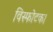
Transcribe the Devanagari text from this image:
विस्फोटक।